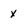
Character: x